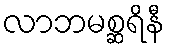
လာဘမစ္ဆရိနီ